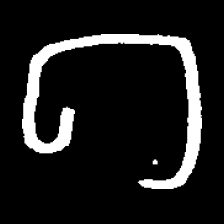
Pyu character \u2014 Myanmar letter: ဂ (romanized: ga)